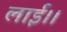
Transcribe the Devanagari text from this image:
लाई।।